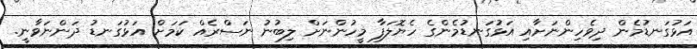
އަޅުގަނޑުމެން ދިވެހިންނަށާއި އަޅުގަނޑުމެންގެ ހެޔޮލަފާ މީހުންނަށް ލިބުނު ނަސްރެއް ކަމަށް އަޅުގަނޑު ދަންނަވާނީ.